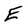
Character: E